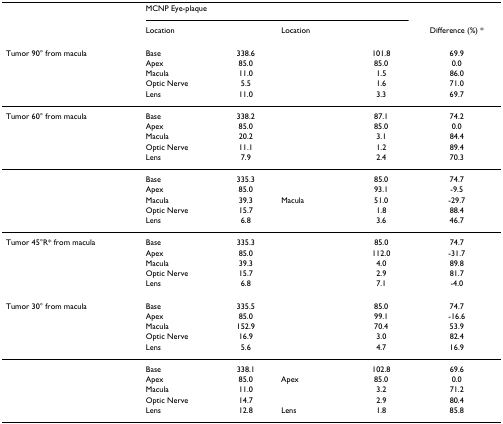
<table><thead><tr><td>[EMPTY_CELL]</td><td colspan="2"><b>MCNP Eye-plaque</b></td><td colspan="2">[EMPTY_CELL]</td><td>[EMPTY_CELL]</td></tr><tr><td>[EMPTY_CELL]</td><td><b>Location</b></td><td>[EMPTY_CELL]</td><td><b>Location</b></td><td>[EMPTY_CELL]</td><td><b>Difference (%) *</b></td></tr></thead><tbody><tr><td>Tumor 90° from macula</td><td>Base</td><td>338.6</td><td>[EMPTY_CELL]</td><td>101.8</td><td>69.9</td></tr><tr><td>[EMPTY_CELL]</td><td>Apex</td><td>85.0</td><td>[EMPTY_CELL]</td><td>85.0</td><td>0.0</td></tr><tr><td>[EMPTY_CELL]</td><td>Macula</td><td>11.0</td><td>[EMPTY_CELL]</td><td>1.5</td><td>86.0</td></tr><tr><td>[EMPTY_CELL]</td><td>Optic Nerve</td><td>5.5</td><td>[EMPTY_CELL]</td><td>1.6</td><td>71.0</td></tr><tr><td>[EMPTY_CELL]</td><td>Lens</td><td>11.0</td><td>[EMPTY_CELL]</td><td>3.3</td><td>69.7</td></tr><tr><td>Tumor 60° from macula</td><td>Base</td><td>338.2</td><td>[EMPTY_CELL]</td><td>87.1</td><td>74.2</td></tr><tr><td>[EMPTY_CELL]</td><td>Apex</td><td>85.0</td><td>[EMPTY_CELL]</td><td>85.0</td><td>0.0</td></tr><tr><td>[EMPTY_CELL]</td><td>Macula</td><td>20.2</td><td>[EMPTY_CELL]</td><td>3.1</td><td>84.4</td></tr><tr><td>[EMPTY_CELL]</td><td>Optic Nerve</td><td>11.1</td><td>[EMPTY_CELL]</td><td>1.2</td><td>89.4</td></tr><tr><td>[EMPTY_CELL]</td><td>Lens</td><td>7.9</td><td>[EMPTY_CELL]</td><td>2.4</td><td>70.3</td></tr><tr><td>[EMPTY_CELL]</td><td>Base</td><td>335.3</td><td>[EMPTY_CELL]</td><td>85.0</td><td>74.7</td></tr><tr><td>[EMPTY_CELL]</td><td>Apex</td><td>85.0</td><td>[EMPTY_CELL]</td><td>93.1</td><td>-9.5</td></tr><tr><td>[EMPTY_CELL]</td><td>Macula</td><td>39.3</td><td>Macula</td><td>51.0</td><td>-29.7</td></tr><tr><td>[EMPTY_CELL]</td><td>Optic Nerve</td><td>15.7</td><td>[EMPTY_CELL]</td><td>1.8</td><td>88.4</td></tr><tr><td>[EMPTY_CELL]</td><td>Lens</td><td>6.8</td><td>[EMPTY_CELL]</td><td>3.6</td><td>46.7</td></tr><tr><td>Tumor 45°R* from macula</td><td>Base</td><td>335.3</td><td>[EMPTY_CELL]</td><td>85.0</td><td>74.7</td></tr><tr><td>[EMPTY_CELL]</td><td>Apex</td><td>85.0</td><td>[EMPTY_CELL]</td><td>112.0</td><td>-31.7</td></tr><tr><td>[EMPTY_CELL]</td><td>Macula</td><td>39.3</td><td>[EMPTY_CELL]</td><td>4.0</td><td>89.8</td></tr><tr><td>[EMPTY_CELL]</td><td>Optic Nerve</td><td>15.7</td><td>[EMPTY_CELL]</td><td>2.9</td><td>81.7</td></tr><tr><td>[EMPTY_CELL]</td><td>Lens</td><td>6.8</td><td>[EMPTY_CELL]</td><td>7.1</td><td>-4.0</td></tr><tr><td>Tumor 30° from macula</td><td>Base</td><td>335.5</td><td>[EMPTY_CELL]</td><td>85.0</td><td>74.7</td></tr><tr><td>[EMPTY_CELL]</td><td>Apex</td><td>85.0</td><td>[EMPTY_CELL]</td><td>99.1</td><td>-16.6</td></tr><tr><td>[EMPTY_CELL]</td><td>Macula</td><td>152.9</td><td>[EMPTY_CELL]</td><td>70.4</td><td>53.9</td></tr><tr><td>[EMPTY_CELL]</td><td>Optic Nerve</td><td>16.9</td><td>[EMPTY_CELL]</td><td>3.0</td><td>82.4</td></tr><tr><td>[EMPTY_CELL]</td><td>Lens</td><td>5.6</td><td>[EMPTY_CELL]</td><td>4.7</td><td>16.9</td></tr><tr><td>[EMPTY_CELL]</td><td>Base</td><td>338.1</td><td>[EMPTY_CELL]</td><td>102.8</td><td>69.6</td></tr><tr><td>[EMPTY_CELL]</td><td>Apex</td><td>85.0</td><td>Apex</td><td>85.0</td><td>0.0</td></tr><tr><td>[EMPTY_CELL]</td><td>Macula</td><td>11.0</td><td>[EMPTY_CELL]</td><td>3.2</td><td>71.2</td></tr><tr><td>[EMPTY_CELL]</td><td>Optic Nerve</td><td>14.7</td><td>[EMPTY_CELL]</td><td>2.9</td><td>80.4</td></tr><tr><td>[EMPTY_CELL]</td><td>Lens</td><td>12.8</td><td>Lens</td><td>1.8</td><td>85.8</td></tr></tbody></table>